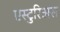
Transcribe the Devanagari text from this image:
एस्टुरिअस